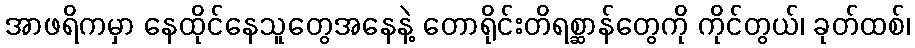
အာဖရိကမှာ နေထိုင်နေသူတွေအနေနဲ့ တောရိုင်းတိရစ္ဆာန်တွေကို ကိုင်တွယ်၊ ခုတ်ထစ်၊